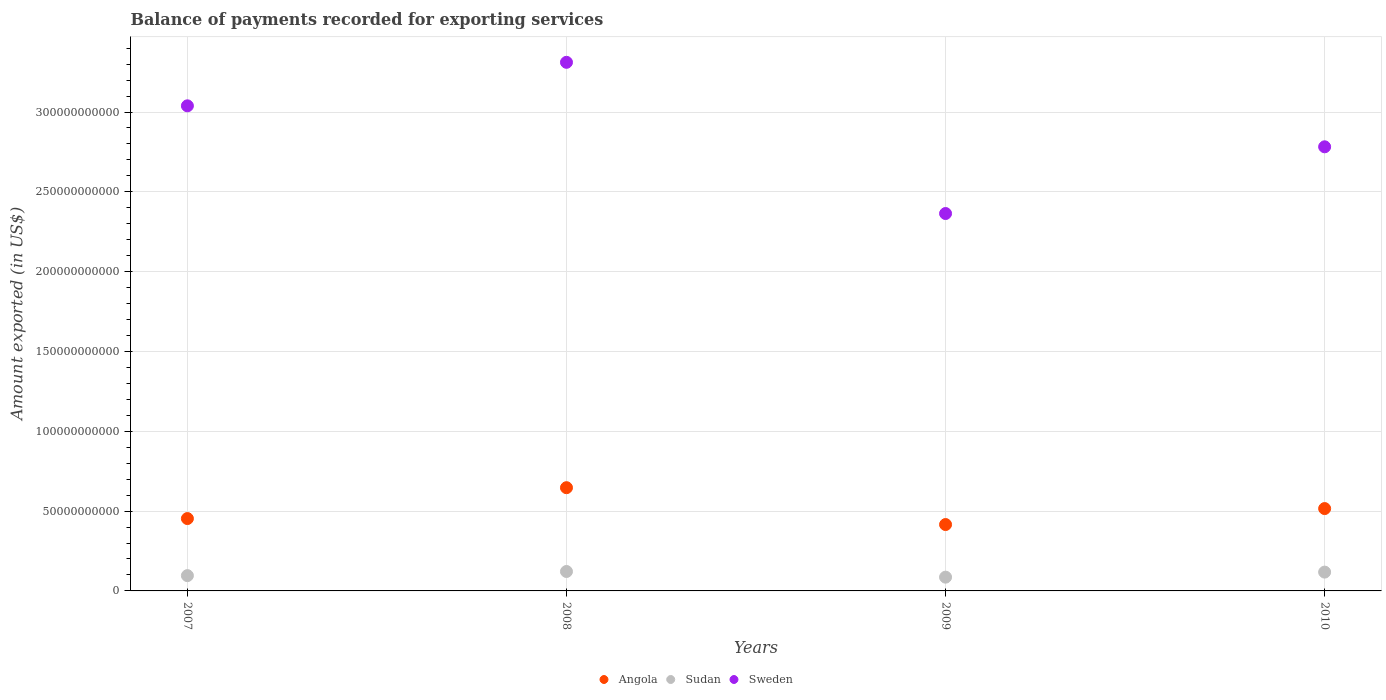
| Years | Angola | Sudan | Sweden |
 | --- | --- | --- | --- |
 | 2007 | 4.53e+10 | 9.58e+09 | 3.04e+11 |
 | 2008 | 6.47e+10 | 1.22e+10 | 3.31e+11 |
 | 2009 | 4.16e+10 | 8.62e+09 | 2.36e+11 |
 | 2010 | 5.16e+10 | 1.18e+10 | 2.78e+11 |